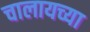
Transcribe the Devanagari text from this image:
चालायच्या